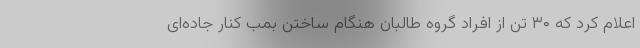
اعلام کرد که ۳۰ تن از افراد گروه طالبان هنگام ساختن بمب کنار جاده‌ای